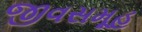
જીવસમૂહ